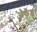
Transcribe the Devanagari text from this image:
औफेंड